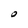
Character: O